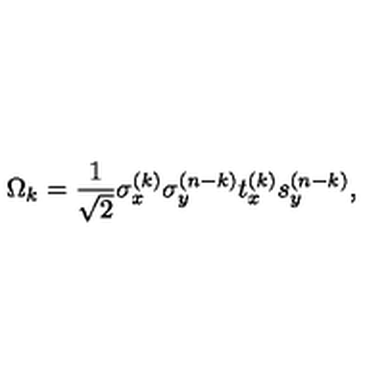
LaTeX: \Omega _ { k } = { \frac { 1 } { \sqrt { 2 } } } \sigma _ { x } ^ { ( k ) } \sigma _ { y } ^ { ( n - k ) } t _ { x } ^ { ( k ) } s _ { y } ^ { ( n - k ) } ,